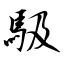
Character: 馺